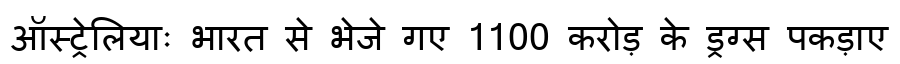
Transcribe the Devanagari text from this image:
ऑस्ट्रेलियाः भारत से भेजे गए 1100 करोड़ के ड्रग्स पकड़ाए